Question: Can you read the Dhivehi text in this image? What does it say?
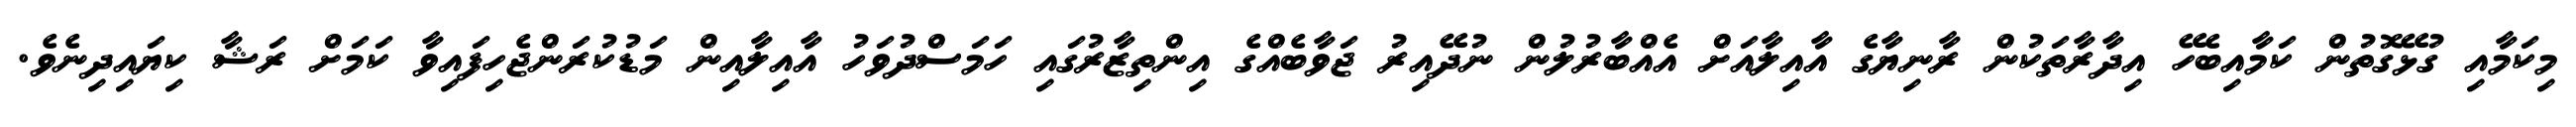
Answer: މިކަމާއި ގުޅޭގޮތުން ކަމާއިބެހޭ އިދާރާތަކުން ރާނިޔާގެ އާއިލާއަށް އެއްބާރުލުން ނުދޭއިރު ޖަވާބެއްގެ އިންތިޒާރުގައި ހަމަސްދުވަހު އާއިލާއިން މަޑުކުރަންޖެހިފައިވާ ކަމަށް ރަޝާ ކިޔައިދިނެވެ.